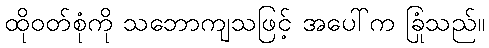
ထိုဝတ်စုံကို သဘောကျသဖြင့် အပေါ်က ခြုံသည်။